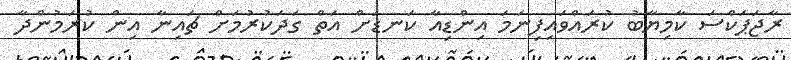
ރާޖަޕަކްސަ ކާމިޔާބު ކުރައްވައިފިނަމަ އިންޑިއާ ކަނޑަށް އަތް ގަދަކުރުމަށް ޗައިނާ އިން ކުރަމުންދާ